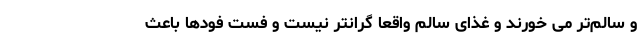
و سالم‌تر می خورند و غذای سالم واقعا گرانتر نیست و فست فودها باعث